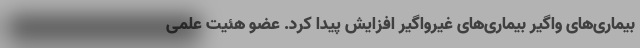
بیماری‌های واگیر بیماری‌های غیرواگیر افزایش پیدا کرد. عضو هئیت علمی